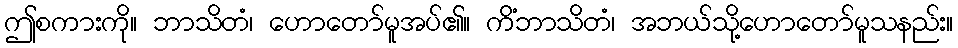
ဤစကားကို။ ဘာသိတံ၊ ဟောတော်မူအပ်၏။ ကိံဘာသိတံ၊ အဘယ်သို့ဟောတော်မူသနည်း။